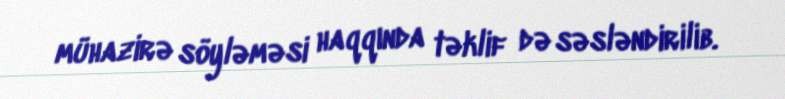
mühazirə söyləməsi haqqında təklif də səsləndirilib.